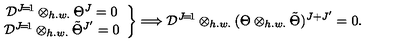
\left. \begin{array} { c } { { \cal D } ^ { J \! = \! 1 } \otimes _ { h . w . } \Theta ^ { J } = 0 } \\ { { \cal D } ^ { J \! = \! 1 } \otimes _ { h . w . } \tilde { \Theta } ^ { J ^ { \prime } } = 0 } \\ \end{array} \right\} \Longrightarrow { \cal D } ^ { J \! = \! 1 } \otimes _ { h . w . } ( \Theta \otimes _ { h . w . } \tilde { \Theta } ) ^ { J + J ^ { \prime } } = 0 .